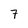
Character: 7